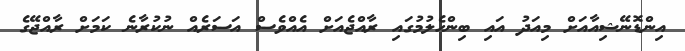
އިންޑޮނޭޝިއާއަށް މިއަދު އައި ބިންހެލުމުގައި ރާއްޖެއަށް އެއްވެސް އަސަރެއް ނުކުރާނެ ކަމަށް ރާއްޖޭގެ